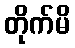
တိုက်မိ